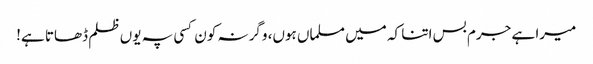
میرا ہے جرم بس اتنا کہ میں مسلماں ہوں، وگرنہ کون کسی پہ یوں ظلم ڈھاتا ہے!